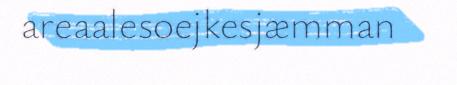
areaalesoejkesjæmman